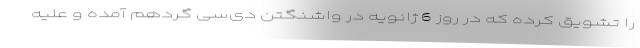
را تشویق کرده که در روز 6 ژانویه در واشنگتن دی‌سی گردهم آمده و علیه